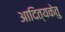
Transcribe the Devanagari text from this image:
आदित्यकेतु